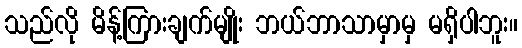
သည်လို မိန့်ကြားချက်မျိုး ဘယ်ဘာသာမှာမှ မရှိပါဘူး။